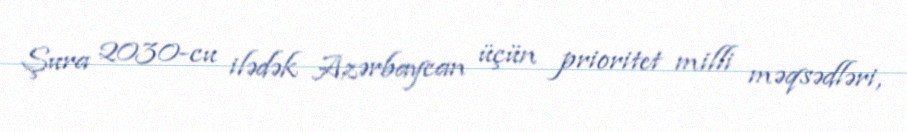
Şura 2030-cu ilədək Azərbaycan üçün prioritet milli məqsədləri,